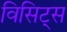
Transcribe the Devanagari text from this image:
विसिट्स